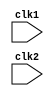
module mips(clk1,clk2);

input clk1,clk2;

reg [31:0] PC, IF_ID_IR, IF_ID_NPC;
reg [31:0] ID_EX_IR, ID_EX_NPC, ID_EX_A, ID_EX_B, ID_EX_Imm;
reg [2:0]  ID_EX_type,EX_MEM_type,MEM_WB_type;
reg [31:0] EX_MEM_A, EX_MEM_B, EX_MEM_ALUOUT, EX_MEM_IR;
reg 		  EX_MEM_cond;
reg [31:0] MEM_WB_IR, MEM_WB_ALUOUT, MEM_WB_LMD;

reg halted, taken_branch;

reg [31:0] regs[0:31];
reg [31:0] Mem[0:1023];


parameter ADD = 6'b000000, SUB = 6'b000001, MUL = 6'b000010, DIV = 6'b000011,
			 ADDI = 6'b000100, SUBI = 6'b000101, AND = 6'b000110, ANDI = 6'b000111,
			 HLT = 6'b001000, NOR = 6'b001001, NOT = 6'b001010, OR = 6'b001011,
			 ORI = 6'b001100, XOR = 6'b001101, BEQZ = 6'b001110, XORI = 6'b001111,
			 MOVN = 6'b010000, MOVE = 6'b010010, NEGU = 6'b010011,
			 LW = 6'b010100, SW = 6'b010101, BNEQZ = 6'b010110;
			 
parameter RR_ALU=3'b000, RM_ALU = 3'b001, LOAD = 3'b010, STORE = 3'b011, BRANCH = 3'b100, HALT = 3'b101;


//IF stage

always @(posedge clk1)
begin
	if (halted == 0)
		begin
			if((EX_MEM_cond == 1 && EX_MEM_IR[31:26] == BEQZ)||(EX_MEM_cond == 0 && EX_MEM_IR[31:26] == BNEQZ)) //The signals are from the Execute stage if the branch is
					begin																										    		  //taken then the PC, IR value should be changed accordingly
					IF_ID_IR <= Mem[EX_MEM_ALUOUT];	
					taken_branch <= 1'b1;
					IF_ID_NPC <= EX_MEM_ALUOUT+1;
					PC <= EX_MEM_ALUOUT+1;
					end
			else
					begin
					IF_ID_IR <= Mem[PC];
					IF_ID_NPC <= PC+1;
					PC <= PC+1;
					end
		end
		
end

//ID Stage

always @(posedge clk2)
begin
	if(halted ==0)
		begin
		if(IF_ID_IR[25:21] == 5'b00000)
			ID_EX_A<=0;
		else
			ID_EX_A<= regs[IF_ID_IR[25:21]];
			
		if(IF_ID_IR[20:16] == 5'b00000)
			ID_EX_B<=0;
		else
			ID_EX_B<= regs[IF_ID_IR[20:16]];
			
		ID_EX_NPC <= IF_ID_NPC;
		ID_EX_IR <= IF_ID_IR;
		ID_EX_Imm <= {{16{IF_ID_IR[15]}},{IF_ID_IR[15:0]}};
		
		case(IF_ID_IR[31:26])
			ADD,SUB,AND,OR,NOT,XOR,NEGU,MUL,DIV,MOVE,MOVN:      ID_EX_type <= RR_ALU;
			ADDI,SUBI,ANDI,ORI,XORI: 									 ID_EX_type <= RM_ALU;
			LW:																 ID_EX_type <= LOAD;
			SW:																 ID_EX_type <= STORE;
			BNEQZ,BEQZ:														 ID_EX_type <= BRANCH;
			HLT:																 ID_EX_type <= HALT;
			default:															 ID_EX_type <= HALT;
		endcase
			
		end
end

//EX Stage

always @(posedge clk1)
	if(halted==0)
	begin
		EX_MEM_type<= ID_EX_type;
		EX_MEM_IR <= ID_EX_IR;
		taken_branch <= 0;
		
		case(ID_EX_type)
			RR_ALU: begin
						case(IF_ID_IR[31:26])
							ADD: EX_MEM_ALUOUT <= ID_EX_A + ID_EX_B;
							SUB: EX_MEM_ALUOUT <= ID_EX_A - ID_EX_B;
							AND: EX_MEM_ALUOUT <= ID_EX_A & ID_EX_B;
							OR : EX_MEM_ALUOUT <= ID_EX_A | ID_EX_B;
							NOT: EX_MEM_ALUOUT <= ~(ID_EX_A);
							XOR: EX_MEM_ALUOUT <= ID_EX_A ^ ID_EX_B;
							NEGU: EX_MEM_ALUOUT <= -(ID_EX_A);
							MUL: EX_MEM_ALUOUT <= ID_EX_A * ID_EX_B;
							DIV: EX_MEM_ALUOUT <= ID_EX_A / ID_EX_B;
							MOVE: EX_MEM_ALUOUT <= ID_EX_A;
							MOVN: EX_MEM_ALUOUT <= -(ID_EX_A);
						endcase
					  end
					  
			RM_ALU: begin
						case(IF_ID_IR[31:26])
							ADDI: EX_MEM_ALUOUT <= ID_EX_A + ID_EX_Imm;
							SUBI: EX_MEM_ALUOUT <= ID_EX_A - ID_EX_Imm;
							ANDI: EX_MEM_ALUOUT <= ID_EX_A & ID_EX_Imm;
							ORI : EX_MEM_ALUOUT <= ID_EX_A | ID_EX_Imm;
							XORI: EX_MEM_ALUOUT <= ID_EX_A ^ ID_EX_Imm;
						endcase
					  end
					  
			LOAD,STORE: begin
						EX_MEM_ALUOUT <= ID_EX_A & ID_EX_Imm;
						EX_MEM_B <= ID_EX_B;
					 end
					 
			BRANCH: begin
						EX_MEM_ALUOUT <= ID_EX_NPC & ID_EX_Imm;
						EX_MEM_cond <= (ID_EX_A == 0);
					  end
				
		endcase			
	end
	
//MEM stage

always @(posedge clk2)
	if(halted == 0)
	begin
	MEM_WB_type <= EX_MEM_type;
	MEM_WB_IR <= EX_MEM_IR;
	
	case(EX_MEM_type)
		RR_ALU, RM_ALU :  MEM_WB_ALUOUT <= EX_MEM_ALUOUT;
		LOAD: 				MEM_WB_LMD <= Mem[EX_MEM_ALUOUT];
		STORE: 				if(taken_branch == 0) Mem[EX_MEM_ALUOUT] <= EX_MEM_B;
	endcase
	end

//WB stage

always @(posedge clk1)
	begin
		if(taken_branch==0)
			case(MEM_WB_type)
				RR_ALU: regs[MEM_WB_IR[15:11]] <= MEM_WB_ALUOUT;
				RM_ALU: regs[MEM_WB_IR[20:16]] <= MEM_WB_ALUOUT;
				LOAD:	  regs[MEM_WB_IR[20:16]] <= MEM_WB_LMD;
				HALT:   halted <= 1'b1;
			endcase
	end

endmodule